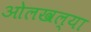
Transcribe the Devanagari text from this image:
ओलखल्या